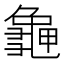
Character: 𪚧